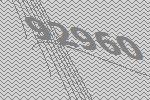
92960